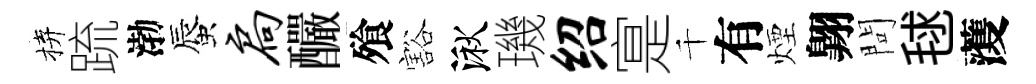
拚䟽渤蜃扃釅飱豁湫璣绍寔千有煙翺問毬𮑮